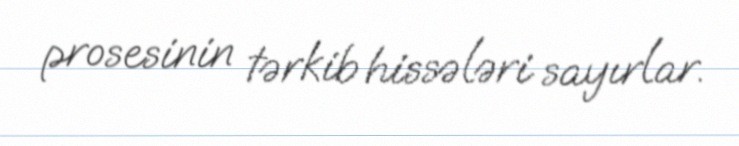
prosesinin tərkib hissələri sayırlar.